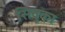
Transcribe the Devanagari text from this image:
सिवुका